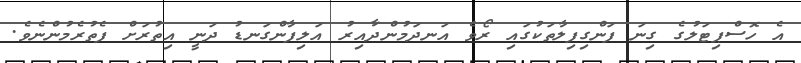
އެ ހޮސްޕިޓަލުގެ ގިނަ ފަންގިފިލާތަކުގައި ރޯވެ އަނދަމުންދާއިރު އަލިފާންގަނޑު ދަނީ އިތުރަށް ފެތުރެމުންނެވެ.